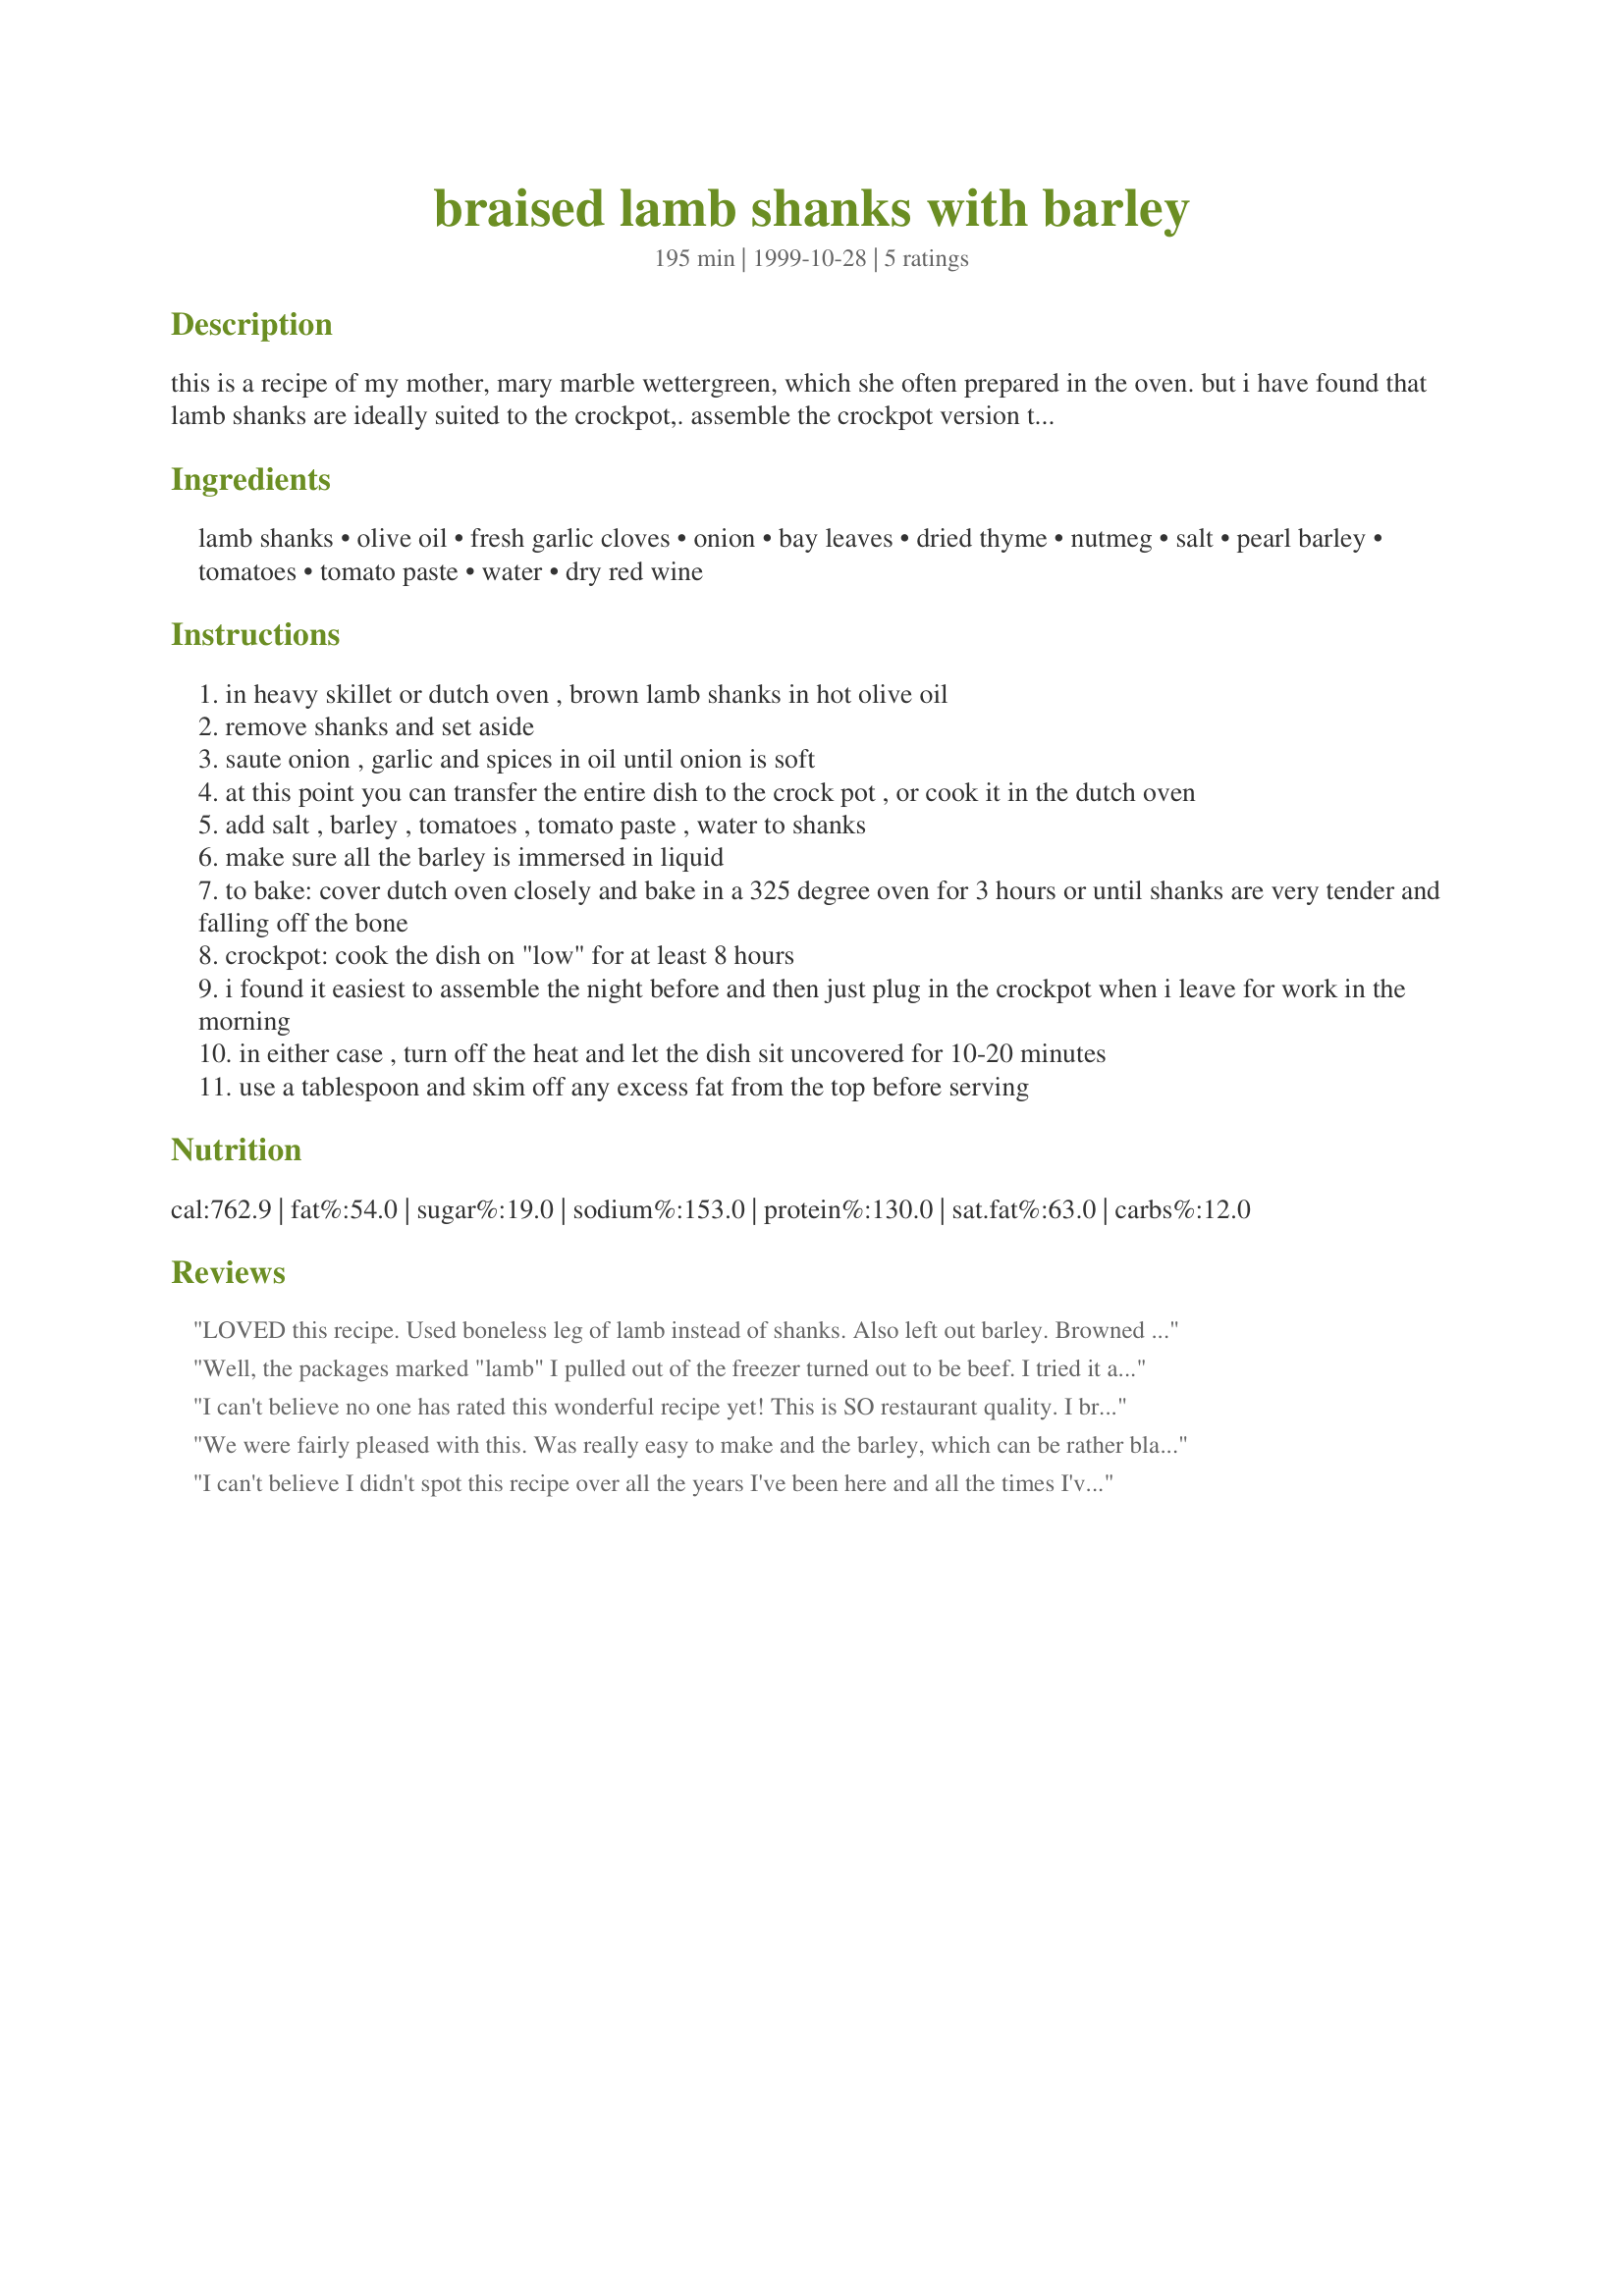
braised lamb shanks with barley
Preparation time: 195 minutes

this is a recipe of my mother, mary marble wettergreen, which she often prepared in the oven. but i have found that lamb shanks are ideally suited to the crockpot,. assemble the crockpot version the night before or very early in the morning.

Ingredients:
lamb shanks, olive oil, fresh garlic cloves, onion, bay leaves, dried thyme, nutmeg, salt, pearl barley, tomatoes, tomato paste, water, dry red wine

Steps:
in heavy skillet or dutch oven , brown lamb shanks in hot olive oil
remove shanks and set aside
saute onion , garlic and spices in oil until onion is soft
at this point you can transfer the entire dish to the crock pot , or cook it in the dutch oven
add salt , barley , tomatoes , tomato paste , water to shanks
make sure all the barley is immersed in liquid
to bake: cover dutch oven closely and bake in a 325 degree oven for 3 hours or until shanks are very tender and falling off the bone
crockpot: cook the dish on "low" for at least 8 hours
i found it easiest to assemble the night before and then just plug in the crockpot when i leave for work in the morning
in either case , turn off the heat and let the dish sit uncovered for 10-20 minutes
use a tablespoon and skim off any excess fat from the top before serving

Reviews:
LOVED this recipe. Used boneless leg of lamb instead of shanks. Also left out barley. Browned lamb in olive oil, then transferred to crockpot and added the rest of the ingredients. Cooked on low 6 hours. Presto, the best lamb dish I have ever tasted. You HAVE to try this!
Well, the packages marked "lamb" I pulled out of the freezer turned out to be beef. I tried it anyway with beef and it worked, except I think that beef is a bit heavy for this. Used Merlot for the wine. Will try it again with a proper leg of lamb. I suspect I'll be upping the rating to 5.

This recipe reminds me of the ancient grain porridge, served with or without meat, called Frumenty. I had something very similar to this at a medieval feast I helped cook, except without tomatoes and with venison.

Second version, with proper lamb shanks: I think the recipe needs a little black pepper, but it's good.
I can't believe no one has rated this wonderful recipe yet! This is SO restaurant quality. I browned the shanks in a dutch oven, then poured in the remaining ingredients, and let it simmer on the stovetop for 3 hours. One of the most delicious meals ever. Thank you Beth!
We were fairly pleased with this. Was really easy to make and the barley, which can be rather bland, tasted very nice by the end of the cooking. It nearly dried up in my oven though after 3 hours of cooking so I had to add maybe 1/2 to 3/4 of a cup extra water towards the end. The lamb was tender but not 'falling off the bone' tender like with some other recipes I've tried. We served with sauteed greens and mashed potatoes.
I can't believe I didn't spot this recipe over all the years I've been here and all the times I've looked for lamb shank recipes! This was ever so simple and really, really yummy comfort food that I highly recommend to other lamb lovers. I added in a teaspoon of brown sugar, heaps of black pepper and used fresh thyme instead of dried. I checked it a couple of times as it cooked and added a bit more water (maybe 3/4 cup in total) each time.
